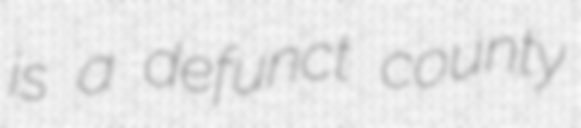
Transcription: is a defunct county